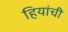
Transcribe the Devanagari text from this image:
हियांची